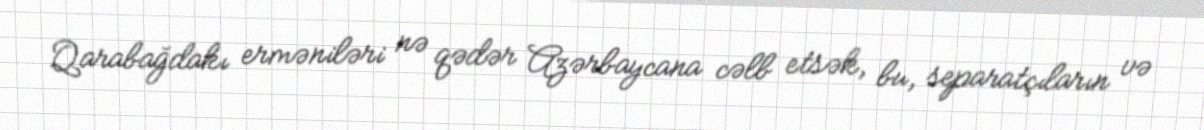
Qarabağdakı erməniləri nə qədər Azərbaycana cəlb etsək, bu, separatçıların və